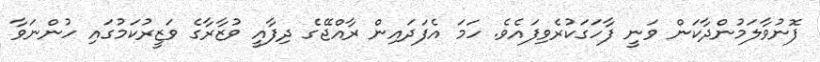
ފޮނުވާލަމުންދާކަން ވަނީ ފާހަގަކުރެވިފައެވެ. ހަމަ އެފަދައިން ރާއްޖޭގެ ދިފާއީ ވުޒާރާގެ ވަޒީރުކަމުގައި ހުންނަވާ